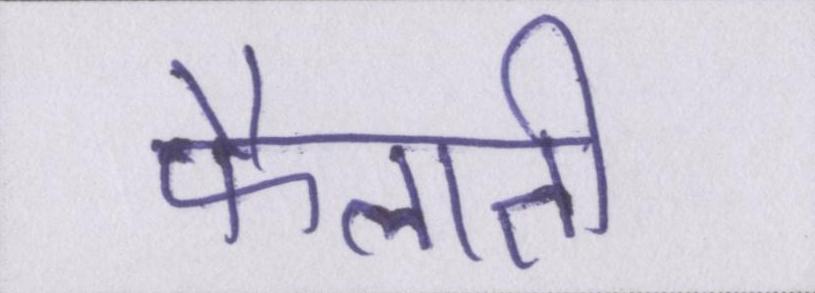
फैलाती